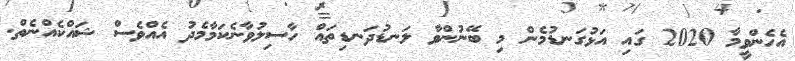
އެހެންވީމާ 2020 ގައި އަޅުގަނޑުމެން މި ބޭނުންވާ ލަނޑުދަނޑިތައް ހާސިލުވާނެކަމާމެދު އެއްވެސް ޝައްކެއްނެތް.